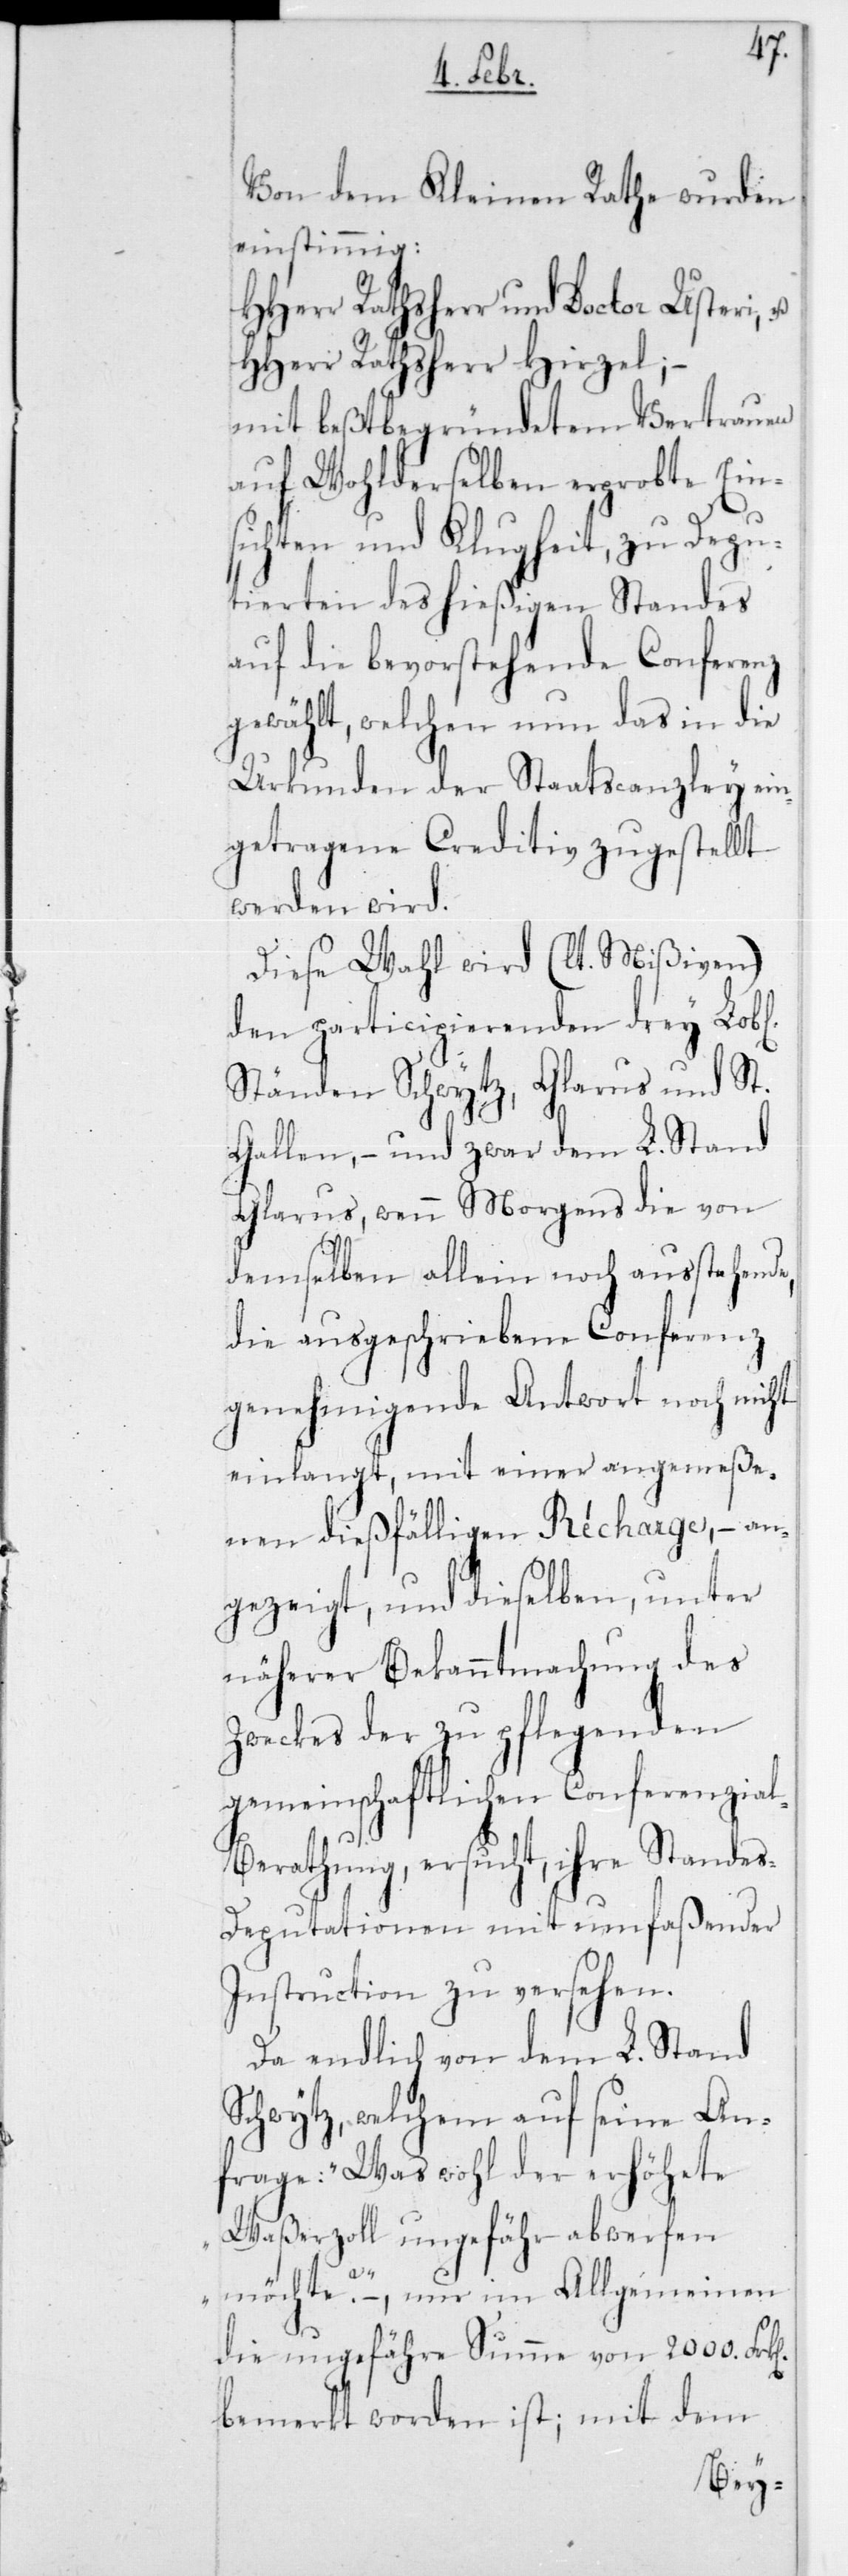
Von dem Kleinen Rathe wurden
einstimmig:
HHerr Rathsherr und Doctor Usteri,
HHerr Ratsherr Hirzel, –
mit beßtbegründetem Vertrauen
auf Wohlderselben erprobte Ein¬
sichten und Klugheit, zu Depu¬
tierten des hießigen Standes
auf die bevorstehende Conferenz
gewählt, welchen nun das in die
Urkunden der Staatscanzley ein¬
getragene Creditiv zugestellt
werden wird.
Diese Wahl wird (lt. Mißiven)
den participierenden drey Lobl.
Ständen Schwytz, Glarus und St.
Gallen, – und zwar dem L. Stand
Glarus, wenn Morgens die von
demselben allein noch ausstehende,
die ausgeschriebene Conferenz
genehmigende Antwort noch nicht
einlangt, mit einer angemeße¬
nen dießfälligen Récharge, – an¬
gezeigt, und dieselben, unter
näherer Bekanntmachung des
Zweckes der zu pflegenden
gemeinschaftlichen Conferenzia¬
l-Berathung, ersucht, ihre Stande¬
s-Deputationen mit umfaßender
Instruction zu versehen.
Da endlich von dem L. Stand
Schwytz, welchem auf seine An¬
frage: „Was wohl der erhöhete
Waßerzoll ungefähr abwerfen
möchte?“ – nur im Allgemeinen
die ungefähre Summe von 2000 Frk.
bemerkt worden ist, mit dem